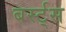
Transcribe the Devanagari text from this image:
बर्स्ट्‌स